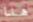
هنا